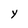
Character: Y